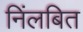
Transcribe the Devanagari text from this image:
निंलबित